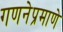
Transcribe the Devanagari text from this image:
गणनेप्रमाणे